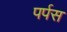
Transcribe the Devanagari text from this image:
पर्पस